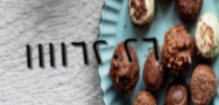
١١١١٦٢٠٢٦